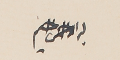
بسم الله الرحمن الرحيم